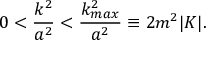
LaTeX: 0 < \frac { k ^ { 2 } } { a ^ { 2 } } < \frac { k _ { m a x } ^ { 2 } } { a ^ { 2 } } \equiv 2 m ^ { 2 } | K | .